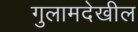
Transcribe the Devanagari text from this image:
गुलामदेखील